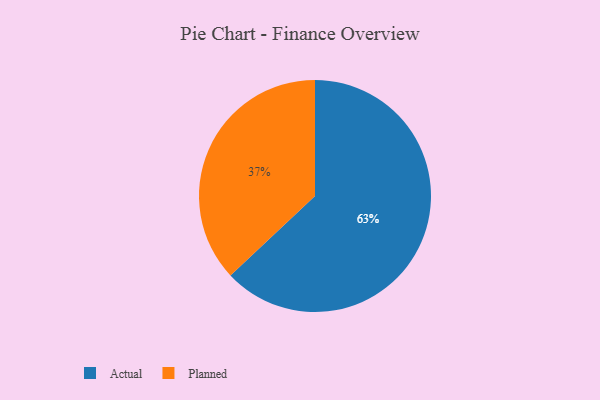
{"axis": {"x": "Category", "y": "Percentage"}, "legend": ["Actual", "Planned"], "data": [{"x": "Actual", "y": 63, "type": "Actual"}, {"x": "Planned", "y": 37, "type": "Planned"}]}